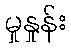
မှုနှုန်း